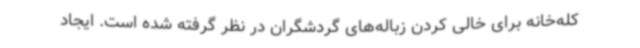
کله‌خانه برای خالی کردن زباله‌های گردشگران در نظر گرفته شده است. ایجاد